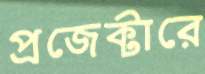
প্রজেক্টারে